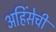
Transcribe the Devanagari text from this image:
अहिंसेची